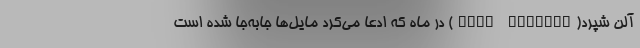
آلن شپرد(Alan Shepard) در ماه که ادعا می‌کرد مایل‌ها جابه‌جا شده است